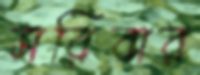
সরিবার